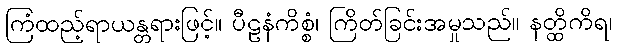
ကြံထည့်ရာယန္တရားဖြင့်။ ပီဠနံကိစ္စံ၊ ကြိတ်ခြင်းအမှုသည်။ နတ္ထိကိရ၊